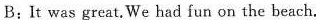
B:It was great.We had fun on the beach.